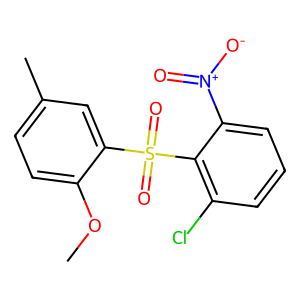
SMILES: COc1ccc(C)cc1S(=O)(=O)c1c(Cl)cccc1[N+](=O)[O-]
Inhibits HIV replication: Yes